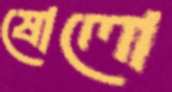
ষোলো